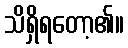
သိရှိရတော့၏။